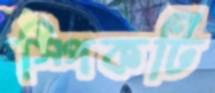
স্পিকটি